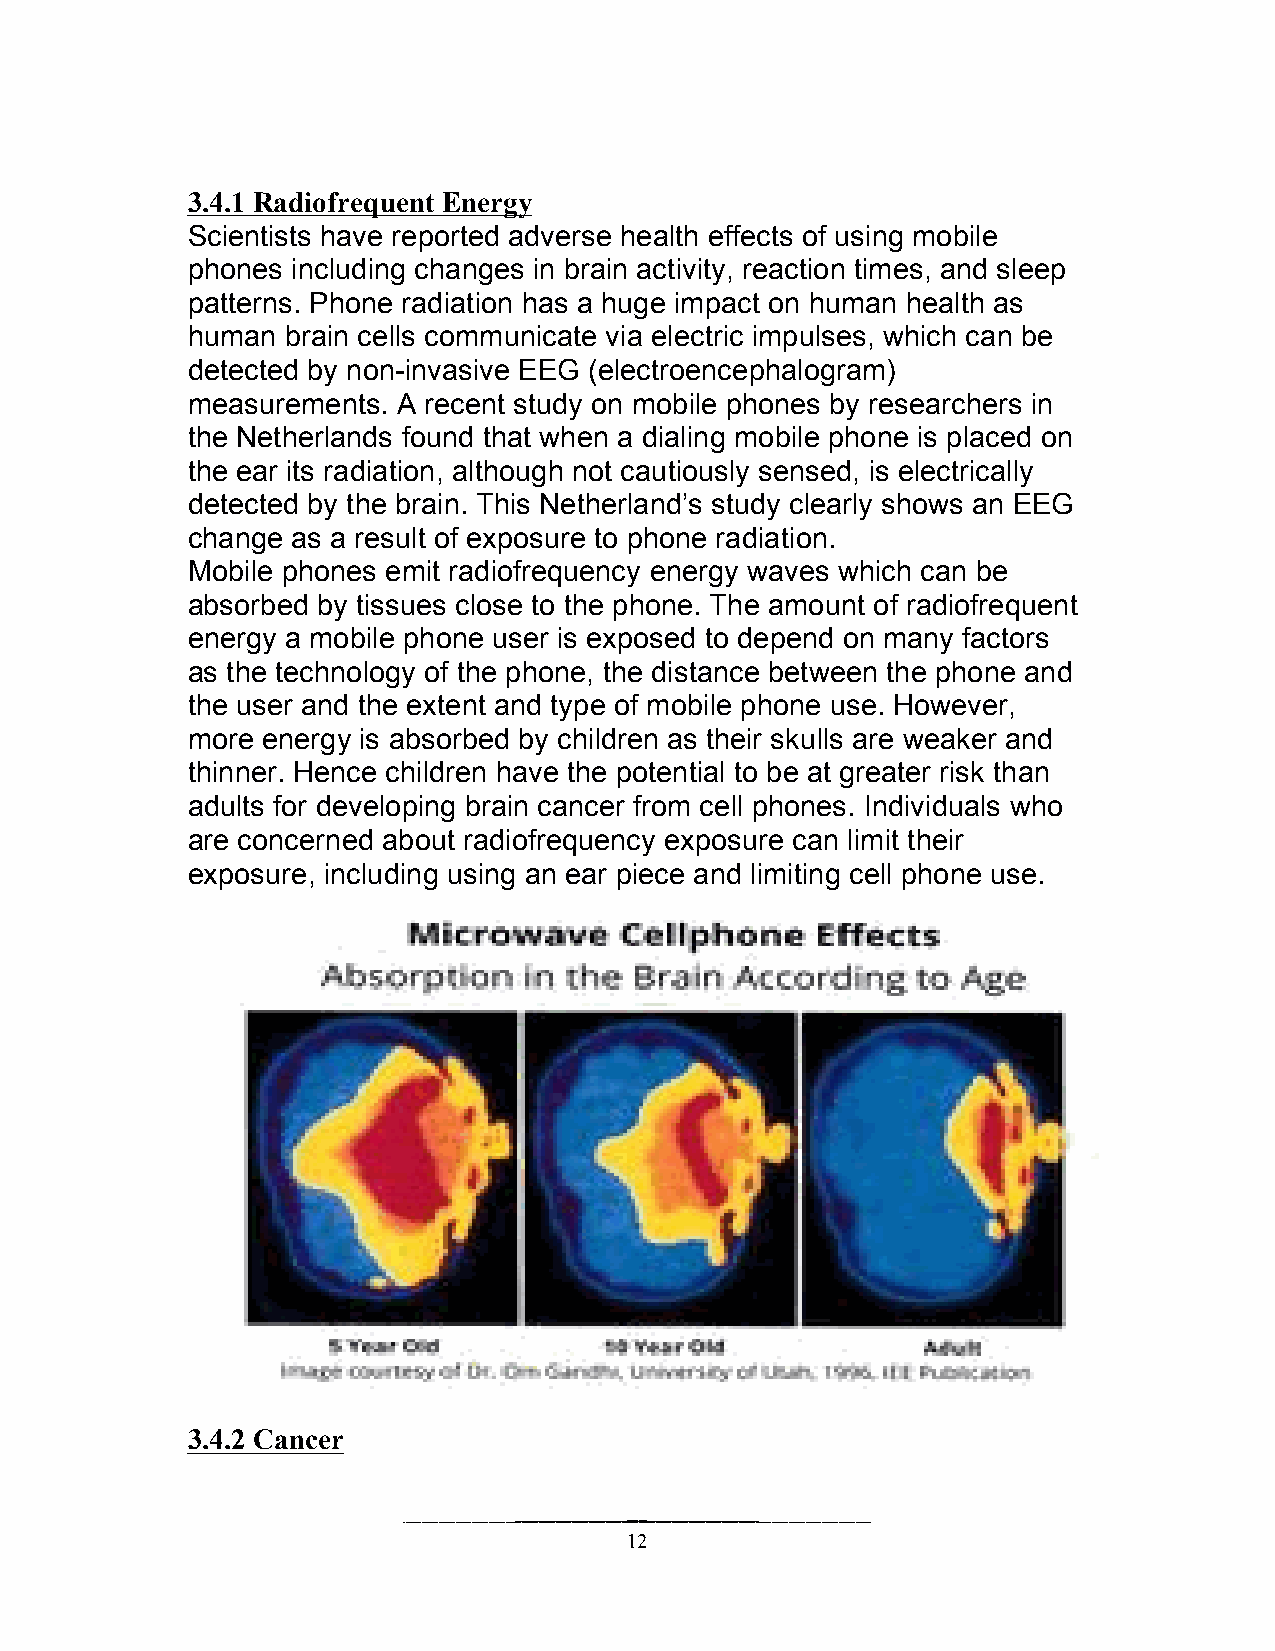
3.4.1 Radiofrequent Energy
 Scientists have reported adverse health effects of using mobile
 phones including changes in brain activity, reaction times, and sleep
 patterns. Phone radiation has a huge impact on human health as
 human  brain cells communicate via electric impulses, which can be
 detected by non-invasive EEG (electroencephalogram)
 measurements. A recent study on mobile phones by researchers in
 the Netherlands found that when a dialing mobile phone is placed on
 the ear its radiation, although not cautiously sensed, is electrically
 detected by the brain. This Netherland’s study clearly shows an EEG
 change as a result of exposure to phone radiation.
 Mobile phones emit radiofrequency energy waves which can be
 absorbed by tissues close to the phone. The amount of radiofrequent
 energy a mobile phone user is exposed to depend on many factors
 as the technology of the phone, the distance between the phone and
 the user and the extent and type of mobile phone use. However,
 more energy is absorbed by children as their skulls are weaker and
 thinner. Hence children have the potential to be at greater risk than
 adults for developing brain cancer from cell phones. Individuals who
 are concerned about radiofrequency exposure can limit their
 exposure, including using an ear piece and limiting cell phone use.
 3.4.2 Cancer
 12